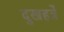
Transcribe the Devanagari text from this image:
दुखहर्त्रे